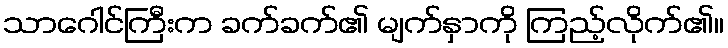
သာဂေါင်ကြီးက ခက်ခက်၏ မျက်နှာကို ကြည့်လိုက်၏။